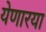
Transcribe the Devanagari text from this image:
येणारया